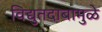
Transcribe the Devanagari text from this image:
विद्युतदाबामुळे